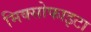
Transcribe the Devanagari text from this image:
मिक्सोफाइटा